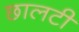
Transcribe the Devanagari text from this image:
छालटी